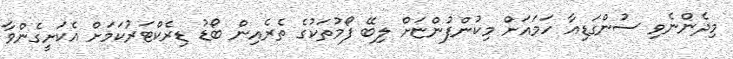
މިދެންނެވި ސުންގަޑިއާ ހަމައަށް މިކުންފުންޏަށް ލިބޭ ފޯމުތަކުގެ ތެރެއިން ބޯޑު ޑިރެކްޓަރުުކަމަށް އެކަށީގެންވާ